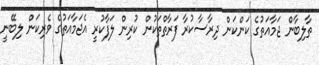
ތާލިބާން ޖަމާއަތުގެ ކަންކަން ދިރާސާކުރާ ފަރާތްތަކުން ކުރިން ލަފާކުރީ އެޖަމާއަތުގެ ވެރިކަން ލިބޭނީ